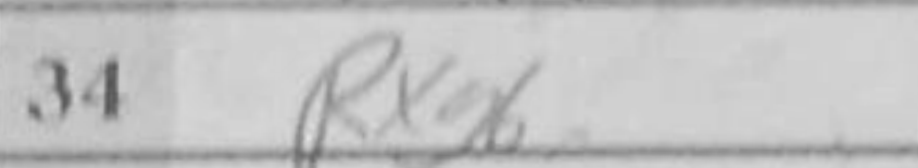
Transcription: Rxg6